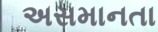
અસમાનતા